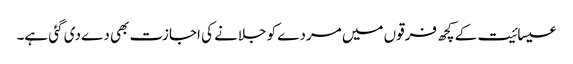
عیسائیت کے کچھ فرقوں میں مردے کو جلانے کی اجازت بھی دے دی گئی ہے۔